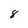
Character: 8